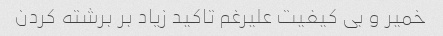
خمیر و بی کیفیت علیرغم تاکید زیاد بر برشته کردن